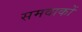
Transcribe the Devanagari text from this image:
समवाकों